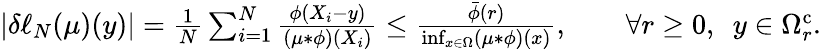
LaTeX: \begin{array}{r}{|\delta\ell_{N}(\mu)(y)|=\frac{1}{N}\sum_{i=1}^{N}\frac{\phi(X_{i}-y)}{(\mu*\phi)(X_{i})}\leq\frac{\bar{\phi}(r)}{\operatorname*{inf}_{x\in\Omega}(\mu*\phi)(x)},\qquad\forall r\geq 0,~~y\in\Omega_{r}^{\mathrm{c}}.}\end{array}